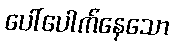
ပေါ်ပေါက်နေသော